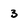
Character: 3